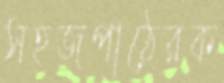
সহজপাঠেরক